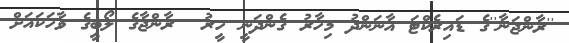
''ރާންޖަނާ''ގެ ޑައިރެކްޓަ އާނަންދު މިހާރު ގެންދަނީ ހީރު  ރާންޖާގެ ލޯބީގެ ވާހަކައަށް